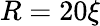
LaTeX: R=20\xi